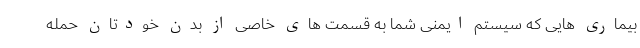
بیماری هایی که سیستم ایمنی شما به قسمت های خاصی از بدن خودتان حمله